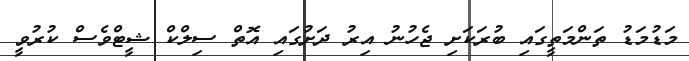
މަޑުމަޑު ތަންމަތީގައި ބުރަކަށި ޖެހުނު އިރު ދަށުގައި އޮތް ސިލްކް ޝީޓްވެސް ކުރުވީ